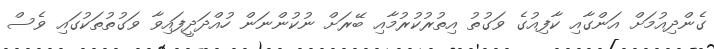
ގެންދިއުމަށް އަންގާއި ކާފިއުގެ ވަގުތު އިތުރުކުރުމާއި ބޭރަށް ނުކުންނަން ހުއްދަދީފައިވާ ވަގުތުތަކުގައި ވެސް